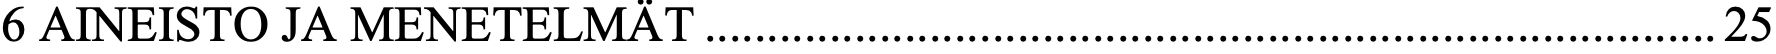
6 AINEISTO JA MENETELMÄT ................................................................................. 25